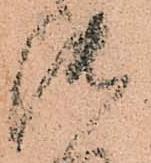
御